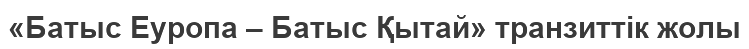
«Батыс Еуропа – Батыс Қытай» транзиттік жолы